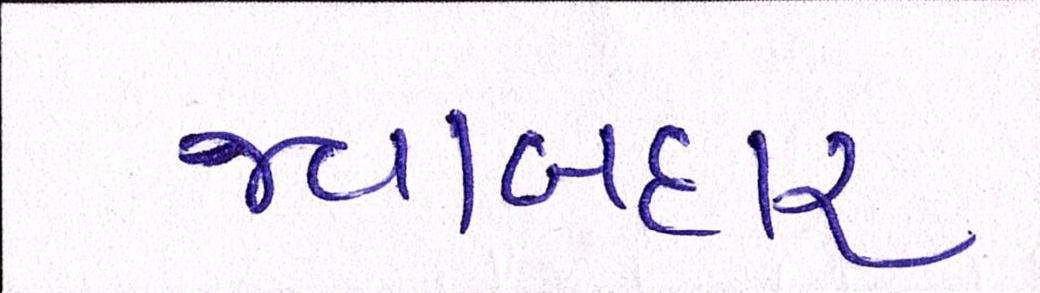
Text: જવાબદાર